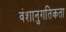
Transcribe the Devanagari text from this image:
वंशानुगतिकता